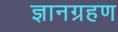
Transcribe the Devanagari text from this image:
ज्ञानग्रहण